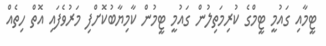
ޓީމާއި ގައުމީ ޓީމްގެ ކުރިމަތިލުން ގައުމީ ޓީމުން ކާމިޔާބުކޮށްފި މަރުވެފައި އޮތް ހިތެއް